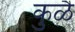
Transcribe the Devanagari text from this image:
कुळै